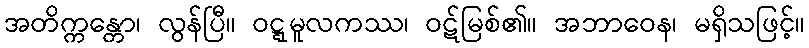
အတိက္ကန္တော၊ လွန်ပြီ။ ဝဋ္ဋမူလကဿ၊ ဝဋ်မြစ်၏။ အဘာဝေန၊ မရှိသဖြင့်။